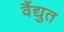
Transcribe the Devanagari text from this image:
वैंद्युत